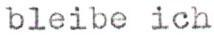
bleibe ich